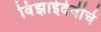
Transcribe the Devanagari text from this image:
विंझाईदेवीचे